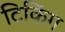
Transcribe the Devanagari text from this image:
टिकिंग